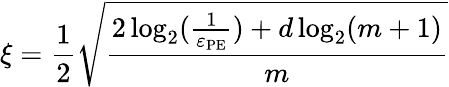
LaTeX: \xi=\frac{1}{2}\sqrt{\frac{2\log_{2}(\frac{1}{\varepsilon_{\mathrm{PE}}})+d\log_{2}(m+1)}{m}}